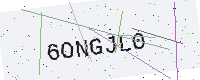
Text: 6ONGJL0